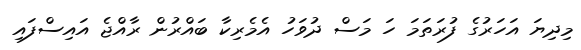
މިދިޔަ އަހަރުގެ ފުރަތަމަ ހަ މަސް ދުވަހު އެމެރިކާ ބައްރުން ރާއްޖެ އައިސްފައި